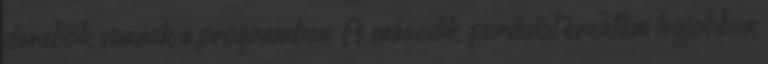
darabok vannak a programban. A második fordulót éreztem legjobban